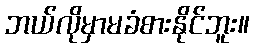
ဘယ်လိုမှာမခံစားနိုင်ဘူး။